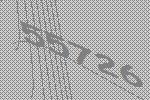
55726